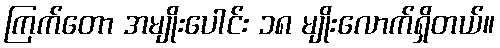
ကြက်တော အမျိုးပေါင်း ၁၈ မျိုးလောက်ရှိတယ်။